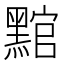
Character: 𮮛